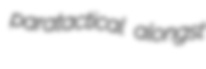
paratactical alongst